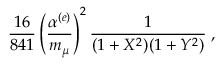
\frac { 1 6 } { 8 4 1 } \left( \frac { \alpha ^ { ( e ) } } { m _ { \mu } } \right) ^ { 2 } \frac { 1 } { ( 1 + X ^ { 2 } ) ( 1 + Y ^ { 2 } ) } \; ,